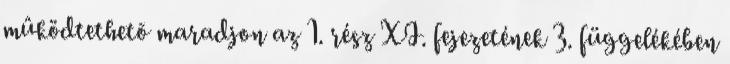
mûködtethetõ maradjon az 1. rész XI. fejezetének 3. függelékében